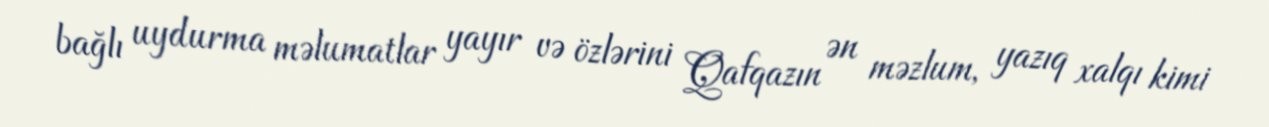
bağlı uydurma məlumatlar yayır və özlərini Qafqazın ən məzlum, yazıq xalqı kimi